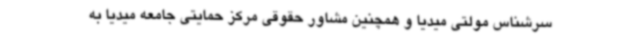
سرشناس مولتی میدیا و همچنین مشاور حقوقی مرکز حمایتی جامعه میدیا به